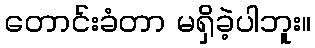
တောင်းခံတာ မရှိခဲ့ပါဘူး။